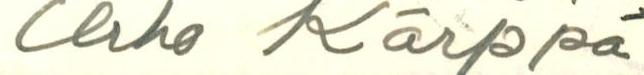
Urho Kärppä